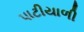
પાટીયાળી